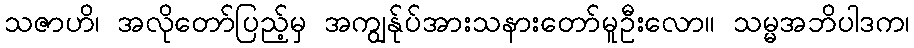
သဇာဟိ၊ အလိုတော်ပြည့်မှ အကျွန်ုပ်အားသနားတော်မူဦးလော။ သမ္မအဘိပါဒက၊